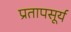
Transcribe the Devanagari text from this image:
प्रतापसूर्य